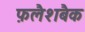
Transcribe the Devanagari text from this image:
फ़लैशबैक